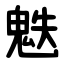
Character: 䰡